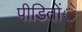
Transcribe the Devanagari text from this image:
पीडिताेंे